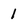
Character: 1